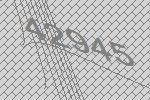
42945